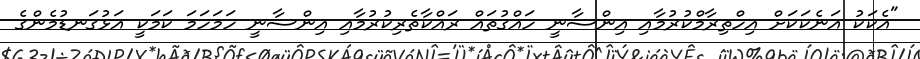
"އެކަކު އަނެކަކަށް އިހްތިރާމްކުރުމާއި އިންސާނީ ހައްގުތައް ރައްކާތެރިކުރުމާއި އިންސާނީ ހަމަހަމަ ކަމަކީ އަޅުގަނޑުމެންގެ